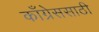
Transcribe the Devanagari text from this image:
काँग्रेससाठी